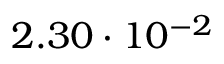
2 . 3 0 \cdot 1 0 ^ { - 2 }